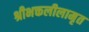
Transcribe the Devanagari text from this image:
श्रीभक्तलीलामृत